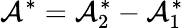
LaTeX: \mathcal{A}^{\ast}=\mathcal{A}_{2}^{\ast}-\mathcal{A}_{1}^{\ast}